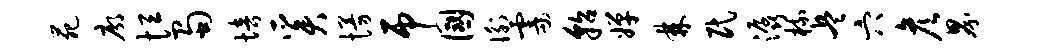
苑廓恒蜀培奚慢吊国衡霎貂婵棘民潺梳兵穴彦界